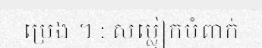
ប្រេង ។ : សម្លៀកបំពាក់